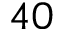
4 0